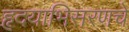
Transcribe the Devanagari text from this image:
हृदयाभिसरणचे